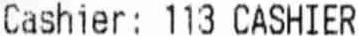
CASHIER: 113 CASHIER